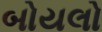
બોયલો